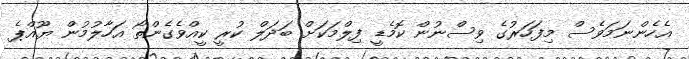
އެހެންނަމަވެސް މިފަހަރުގެ ވިސްނުން ކޮމެޑީ ފިލްމަކަށް ބަދަލް ކުރީ ކީއްވެގެންތޯ އަހާލުމުން ޔޫއްޕެ